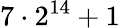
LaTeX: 7\cdot 2^{14}+1